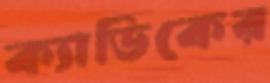
ক্যাডিকের